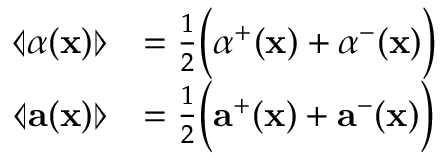
\begin{array} { r l } { \llangle \alpha ( \mathbf { x } ) \rrangle } & { = \frac { 1 } { 2 } \Big ( \alpha ^ { + } ( \mathbf { x } ) + \alpha ^ { - } ( \mathbf { x } ) \Big ) } \\ { \llangle \mathbf { a } ( \mathbf { x } ) \rrangle } & { = \frac { 1 } { 2 } \Big ( \mathbf { a } ^ { + } ( \mathbf { x } ) + \mathbf { a } ^ { - } ( \mathbf { x } ) \Big ) } \end{array}